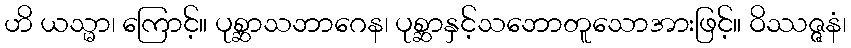
ဟိ ယသ္မာ၊ ကြောင့်။ ပုစ္ဆာသဘာဂေန၊ ပုစ္ဆာနှင့်သဘောတူသောအားဖြင့်။ ဝိဿဇ္ဇနံ၊